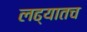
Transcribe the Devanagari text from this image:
लढ्यातच